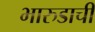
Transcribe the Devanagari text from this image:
भारुडाची